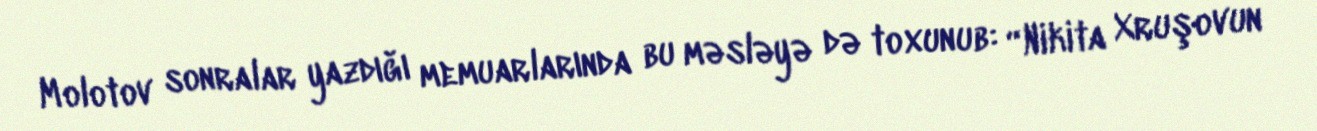
Molotov sonralar yazdığı memuarlarında bu məsləyə də toxunub: “Nikita Xruşovun